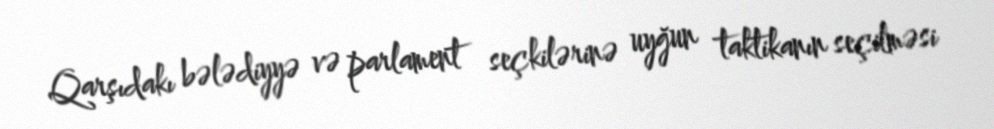
Qarşıdakı bələdiyyə və parlament seçkilərinə uyğun taktikanın seçilməsi